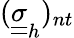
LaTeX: (\underline{{\underline{{\sigma}}}}_{h})_{nt}